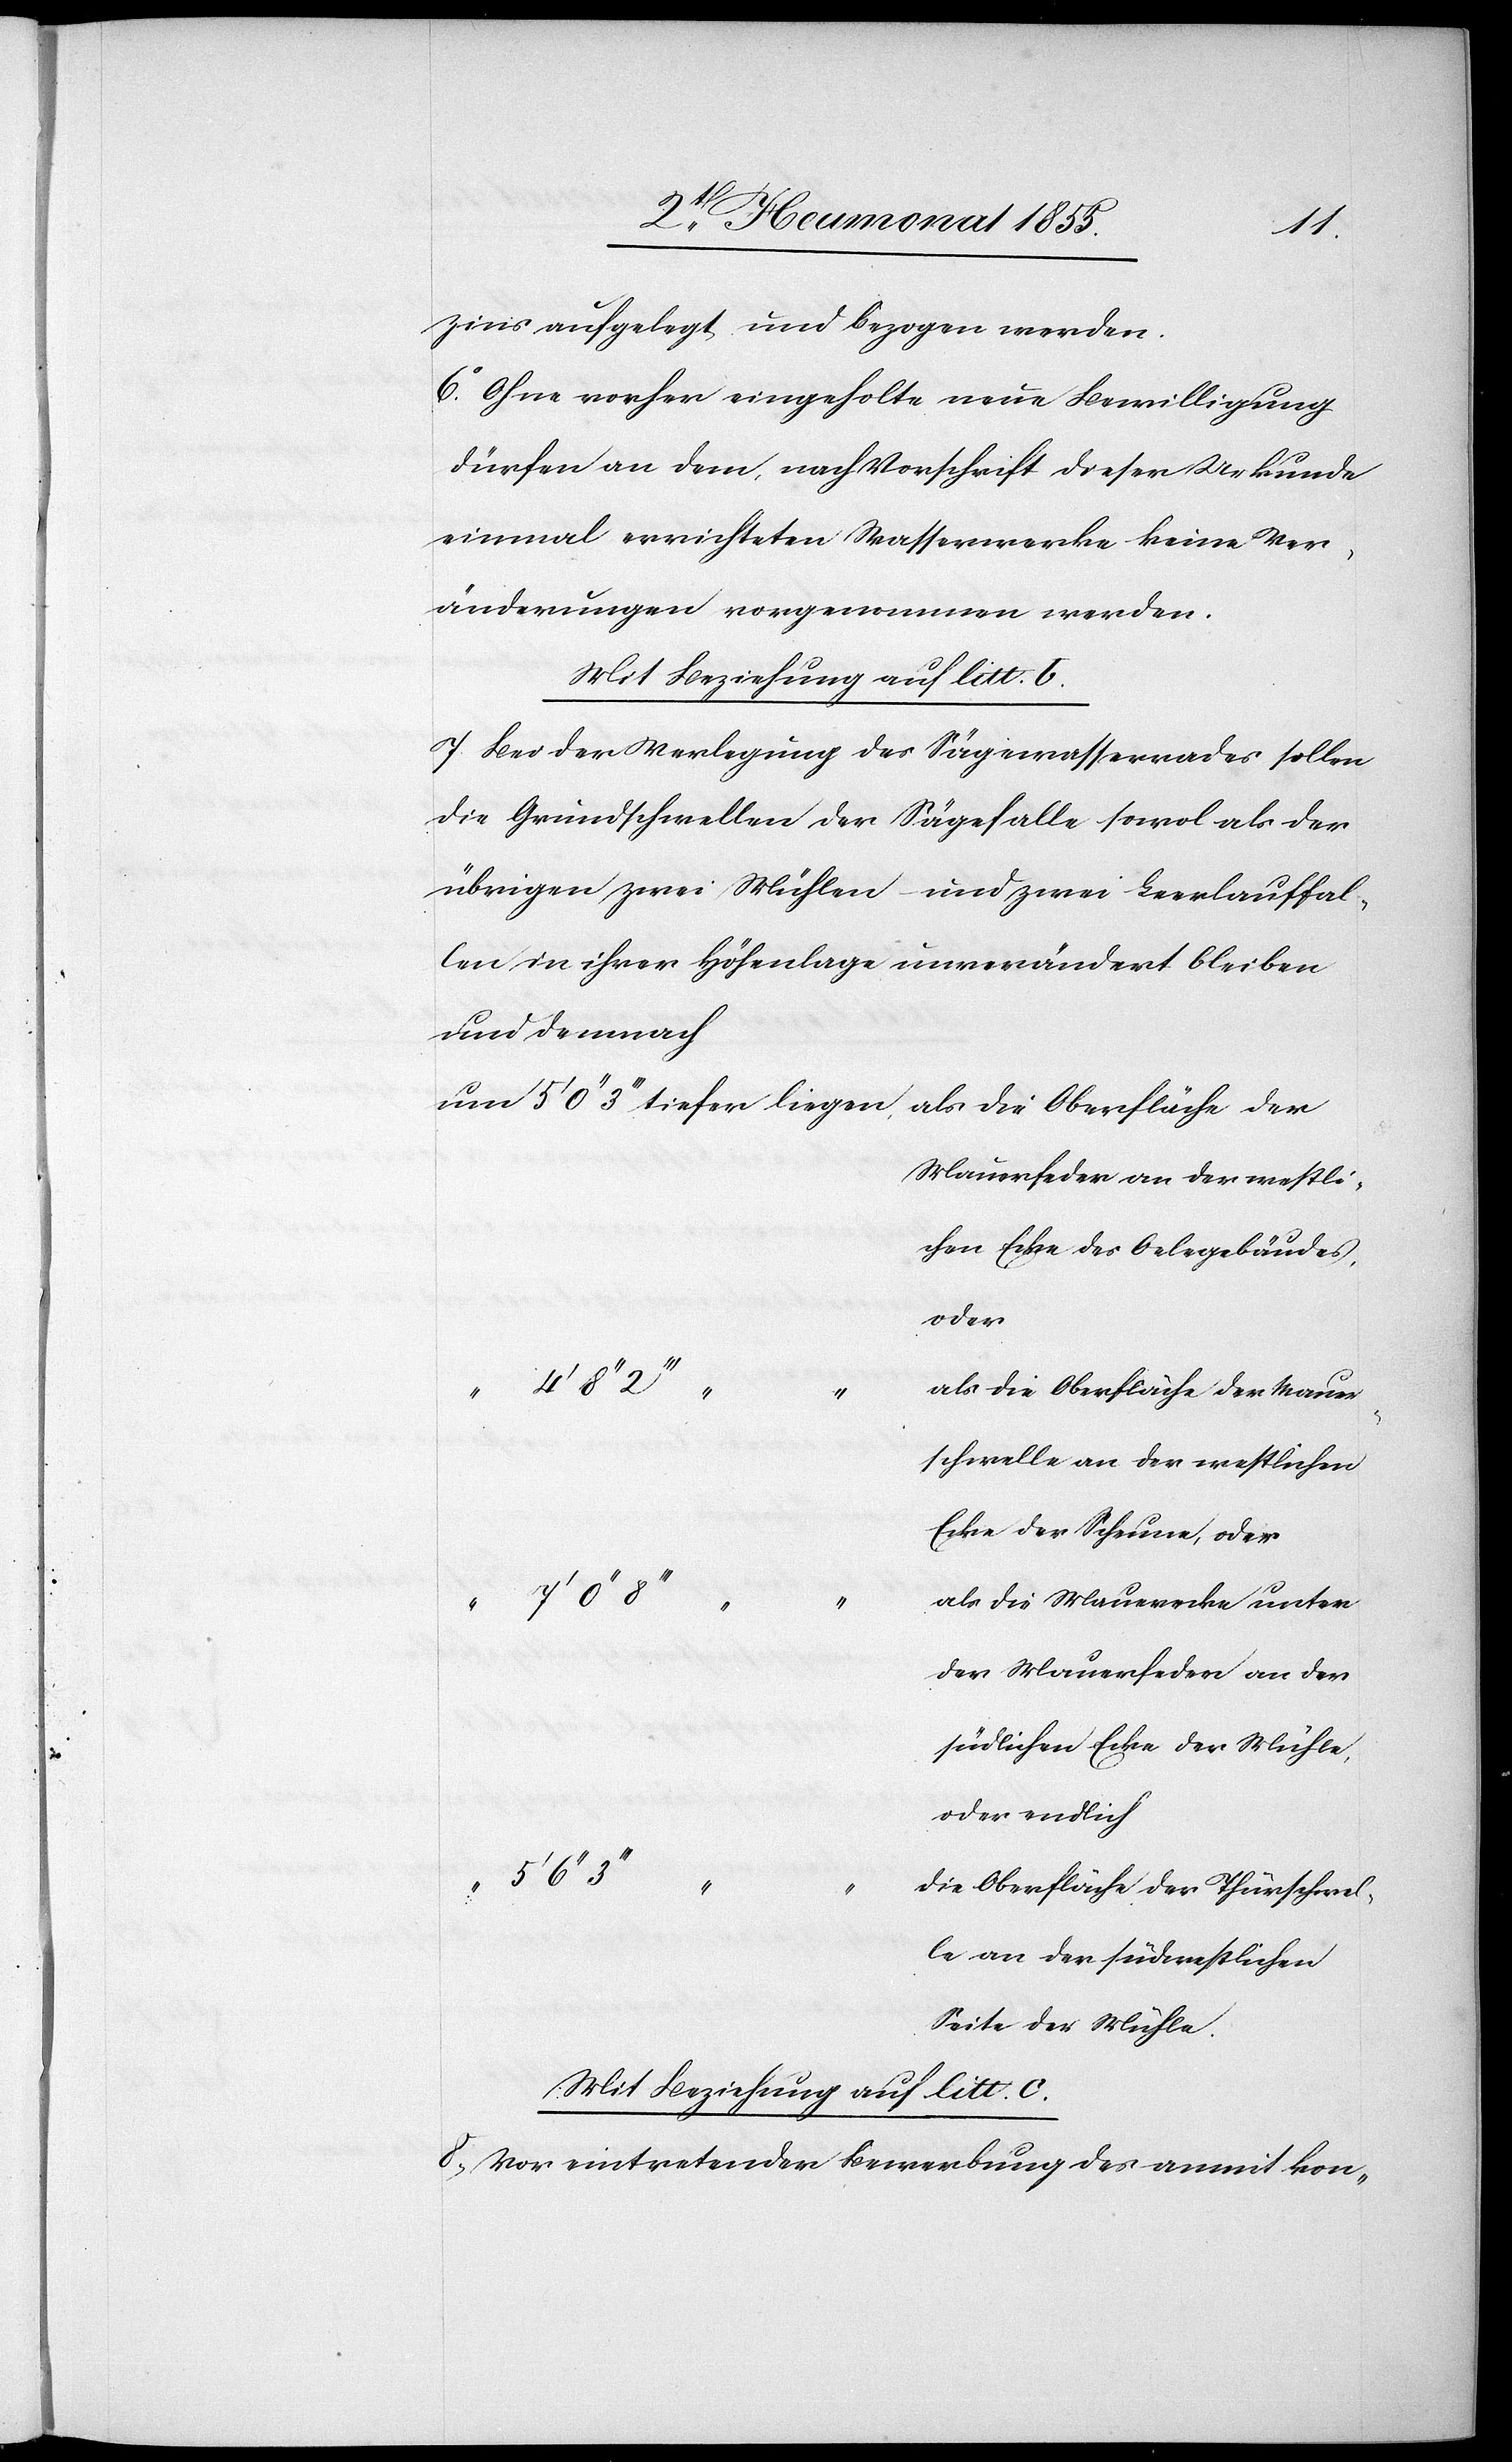
zins aufgelegt und bezogen werden.
6o. Ohne vorher eingeholte neue Bewilligung
dürfen an dem, nach Vorschrift dieser Urkunde
einmal errichteten Wasserwerke keine Ver¬
änderungen vorgenommen werden.
Mit Beziehung auf litt. b.
7. Bei der Verlegung des Sägewasserrades sollen
die Grundschwellen der Sägefalle sowol als der
übrigen zwei Mühlen und zwei Leerlauffal¬
len in ihrer Höhenlage unverändert bleiben
und demnach
erfeder an der westli¬
chen Ecke des Oelegebäudes,
oder
4‘ 8‘‘
als die Oberfläche der Mauer¬
schwelle an der westlichen
Ecke der Scheune, oder
als die Mauerecke unter
der Mauerfeder an der
südlichen Ecke der Mühle,
oder endlich
die Oberfläche der Thürschwel¬
le an der südwestlichen
Seite der Mühle.
Mit Beziehung auf litt. c.
8, Vor eintretender Bewerbung des anmit kon-